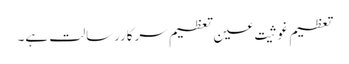
تعظیم غوثیت عین تعظیم سرکاررسالت ہے۔